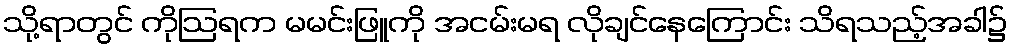
သို့ရာတွင် ကိုဩရက မမင်းဖြူကို အငမ်းမရ လိုချင်နေကြောင်း သိရသည့်အခါ၌